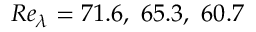
R e _ { \lambda } = 7 1 . 6 , ~ 6 5 . 3 , ~ 6 0 . 7